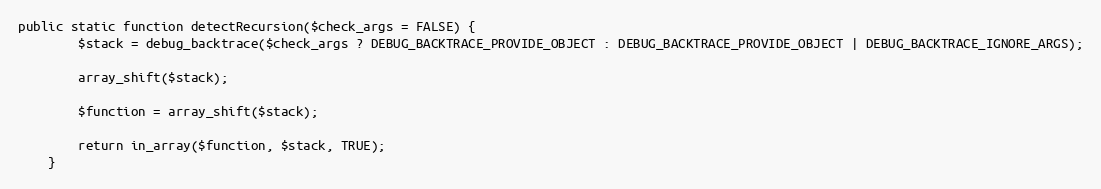
Language: PHP
public static function detectRecursion($check_args = FALSE) {
        $stack = debug_backtrace($check_args ? DEBUG_BACKTRACE_PROVIDE_OBJECT : DEBUG_BACKTRACE_PROVIDE_OBJECT | DEBUG_BACKTRACE_IGNORE_ARGS);

        array_shift($stack);

        $function = array_shift($stack);

        return in_array($function, $stack, TRUE);
    }